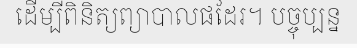
ដើម្បីពិនិត្យព្យាបាលផដែរ។ បច្ចុប្បន្ន